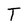
Character: T